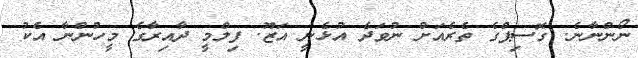
ނޯންނާނެ. ގޮސިޕްގެ ތެރެއަށް ނުވަދެ އުޅެނީ އަޒޫ. ފިލްމީ ދާއިރާގެ މީހުންނާ އެކު